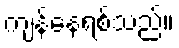
ကျန်နေရစ်သည်။